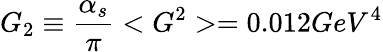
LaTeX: G_{2}\equiv\frac{\alpha_{s}}{\pi}<G^{2}>=0.012GeV^{4}